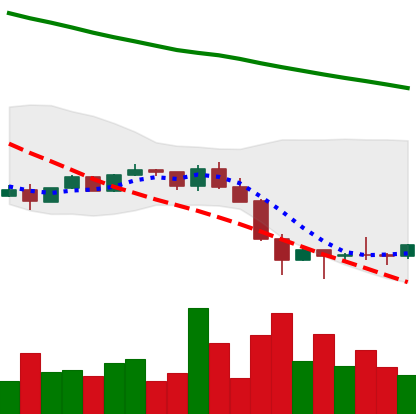
Ticker: NEO-USD
Chart end date: 2022-01-28
Forward return: 5.741%
Label: up_5_7